Leaving Certificate, 1888
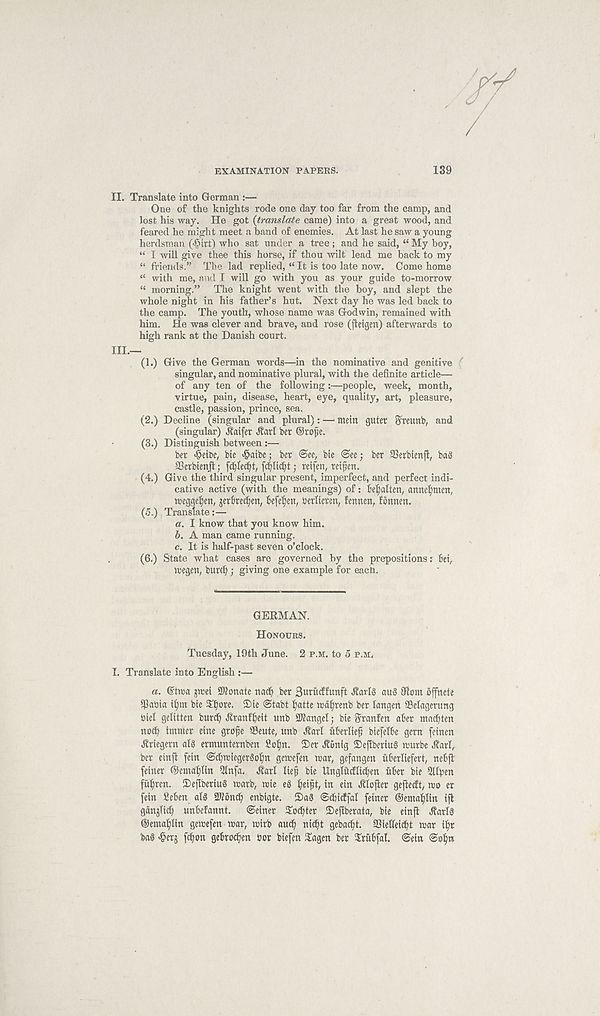
EXAMINATION PAPERS.
139
II. Translate into German :—
One of the knights rode one day too far from the camp, and
lost his way. He got (translate came) into a great wood, and
feared he might meet a band of enemies. At last he saw a young
herdsman (JJirt) who sat under a tree; and he said, “ My boy,
“ I will give thee this horse, if thou wilt lead me back to my
“ friends.” The lad replied, “ It is too late now. Come home
“ with me, and I will go with you as your guide to-morrow
“ morning.” The knight went with the boy, and slept the
whole night in his father’s hut. Next day he was led back to
the camp. The youth, whose name was Godwin, remained with
him. He was clever and brave, and rose (fteigen) afterwards to
high rank at the Danish court.
III.
—
(1.) Give the German words—in the nominative and genitive
singular, and nominative plural, with the definite article—
of any ten of the following:—people, week, month,
virtue, pain, disease, heart, eye, quality, art, pleasure,
castle, passion, prince, sea.
(2.) Decline (singular and plural): —■ mein gutet Breunb, and
(singular) Jtaifet ^arl bet ©rope.
(3.) Distinguish between :—
bet *@etbe, bie >§aibe; bet <See, bte <See; bet SSetbienft, bag
aSetbienjl; fc^ecfyt, fctdicfit j teifen, tetfen.
(4.) Give the third singular present, imperfect, and perfect indi-
cative active (with the meanings) of: Mjalten, annetjmen,
megge^en, jetBrec^en, Befe^en, betlieten, fennen, fonnen.
(5.) Translate:—
а. I know that you know him.
б. A man came running.
c. It is half-past seven o’clock.
(6.) State what cases are governed by the prepositions: Bet,
megen, butcf); giving one example for each.
GERMAN.
HONOURS.
Tuesday, 19th June. 2 P.M. to 5 P.M,
I. Translate into English :—
a. ©tma ^wei donate nacB bet Bntucffunft Jtarfg aug Jiom offnete
iPabia t()m bie S^ote. 5)ie @tabt fyatte rodl)tenb bet langett SBelagetung
biel gelitten butd) JlranfBeit unb SKangel; bie Stanfen aBet ntact)ten
nocB immet cine grope Seute, unb Jtatl i'tBerlie^ biefelBe gem feinen
^tiegetn alg emunternben Soljn. 2)et ^onig Sefibetiug routbe tfatl,
bet einft fein <Sd)rciegetgoI)n gemefen mat, gefangen uBetliefett, neBft
feiner ©ema^Iin 5lnfa. Jtatl lief bie UngirtcflicBen uBet bie 3npen
fitften. ©ejtbetiug watb, wie eg (jeipt, in ein Jtlofter gejletft, mo et
fein fieBen alg STOoncB enbigte.
2>ag ©cBictfal feiner ©ema^Iin ift
ganjlicf unBefannt.
Seiner Shelter iDefibetata, bie einfi ^atlg
©emaljlin gemefen mat, mitb aud; nid)t gebaeft. SSielleicBt mat ift
bag <§er& fdton geBtoefen bor biefen $agen bet ^ruBfal. Sein Sofn